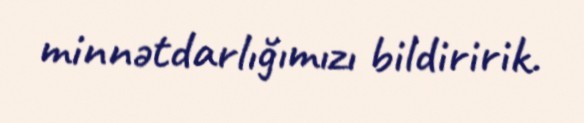
minnətdarlığımızı bildiririk.